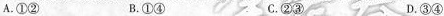
A.①② B.①④ C.②③ D.③④